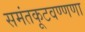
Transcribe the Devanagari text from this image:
समंतकूटवण्णणा